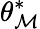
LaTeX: \theta_{\mathcal{M}}^{*}